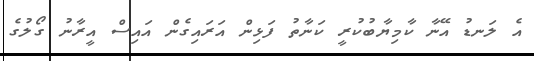
އެ ލަނޑު އޭނާ ކާމިޔާބުކުރީ ކަނާތު ފަޅިން އަރައިގެން އައިސް އީރާނު ގޯލުގެ